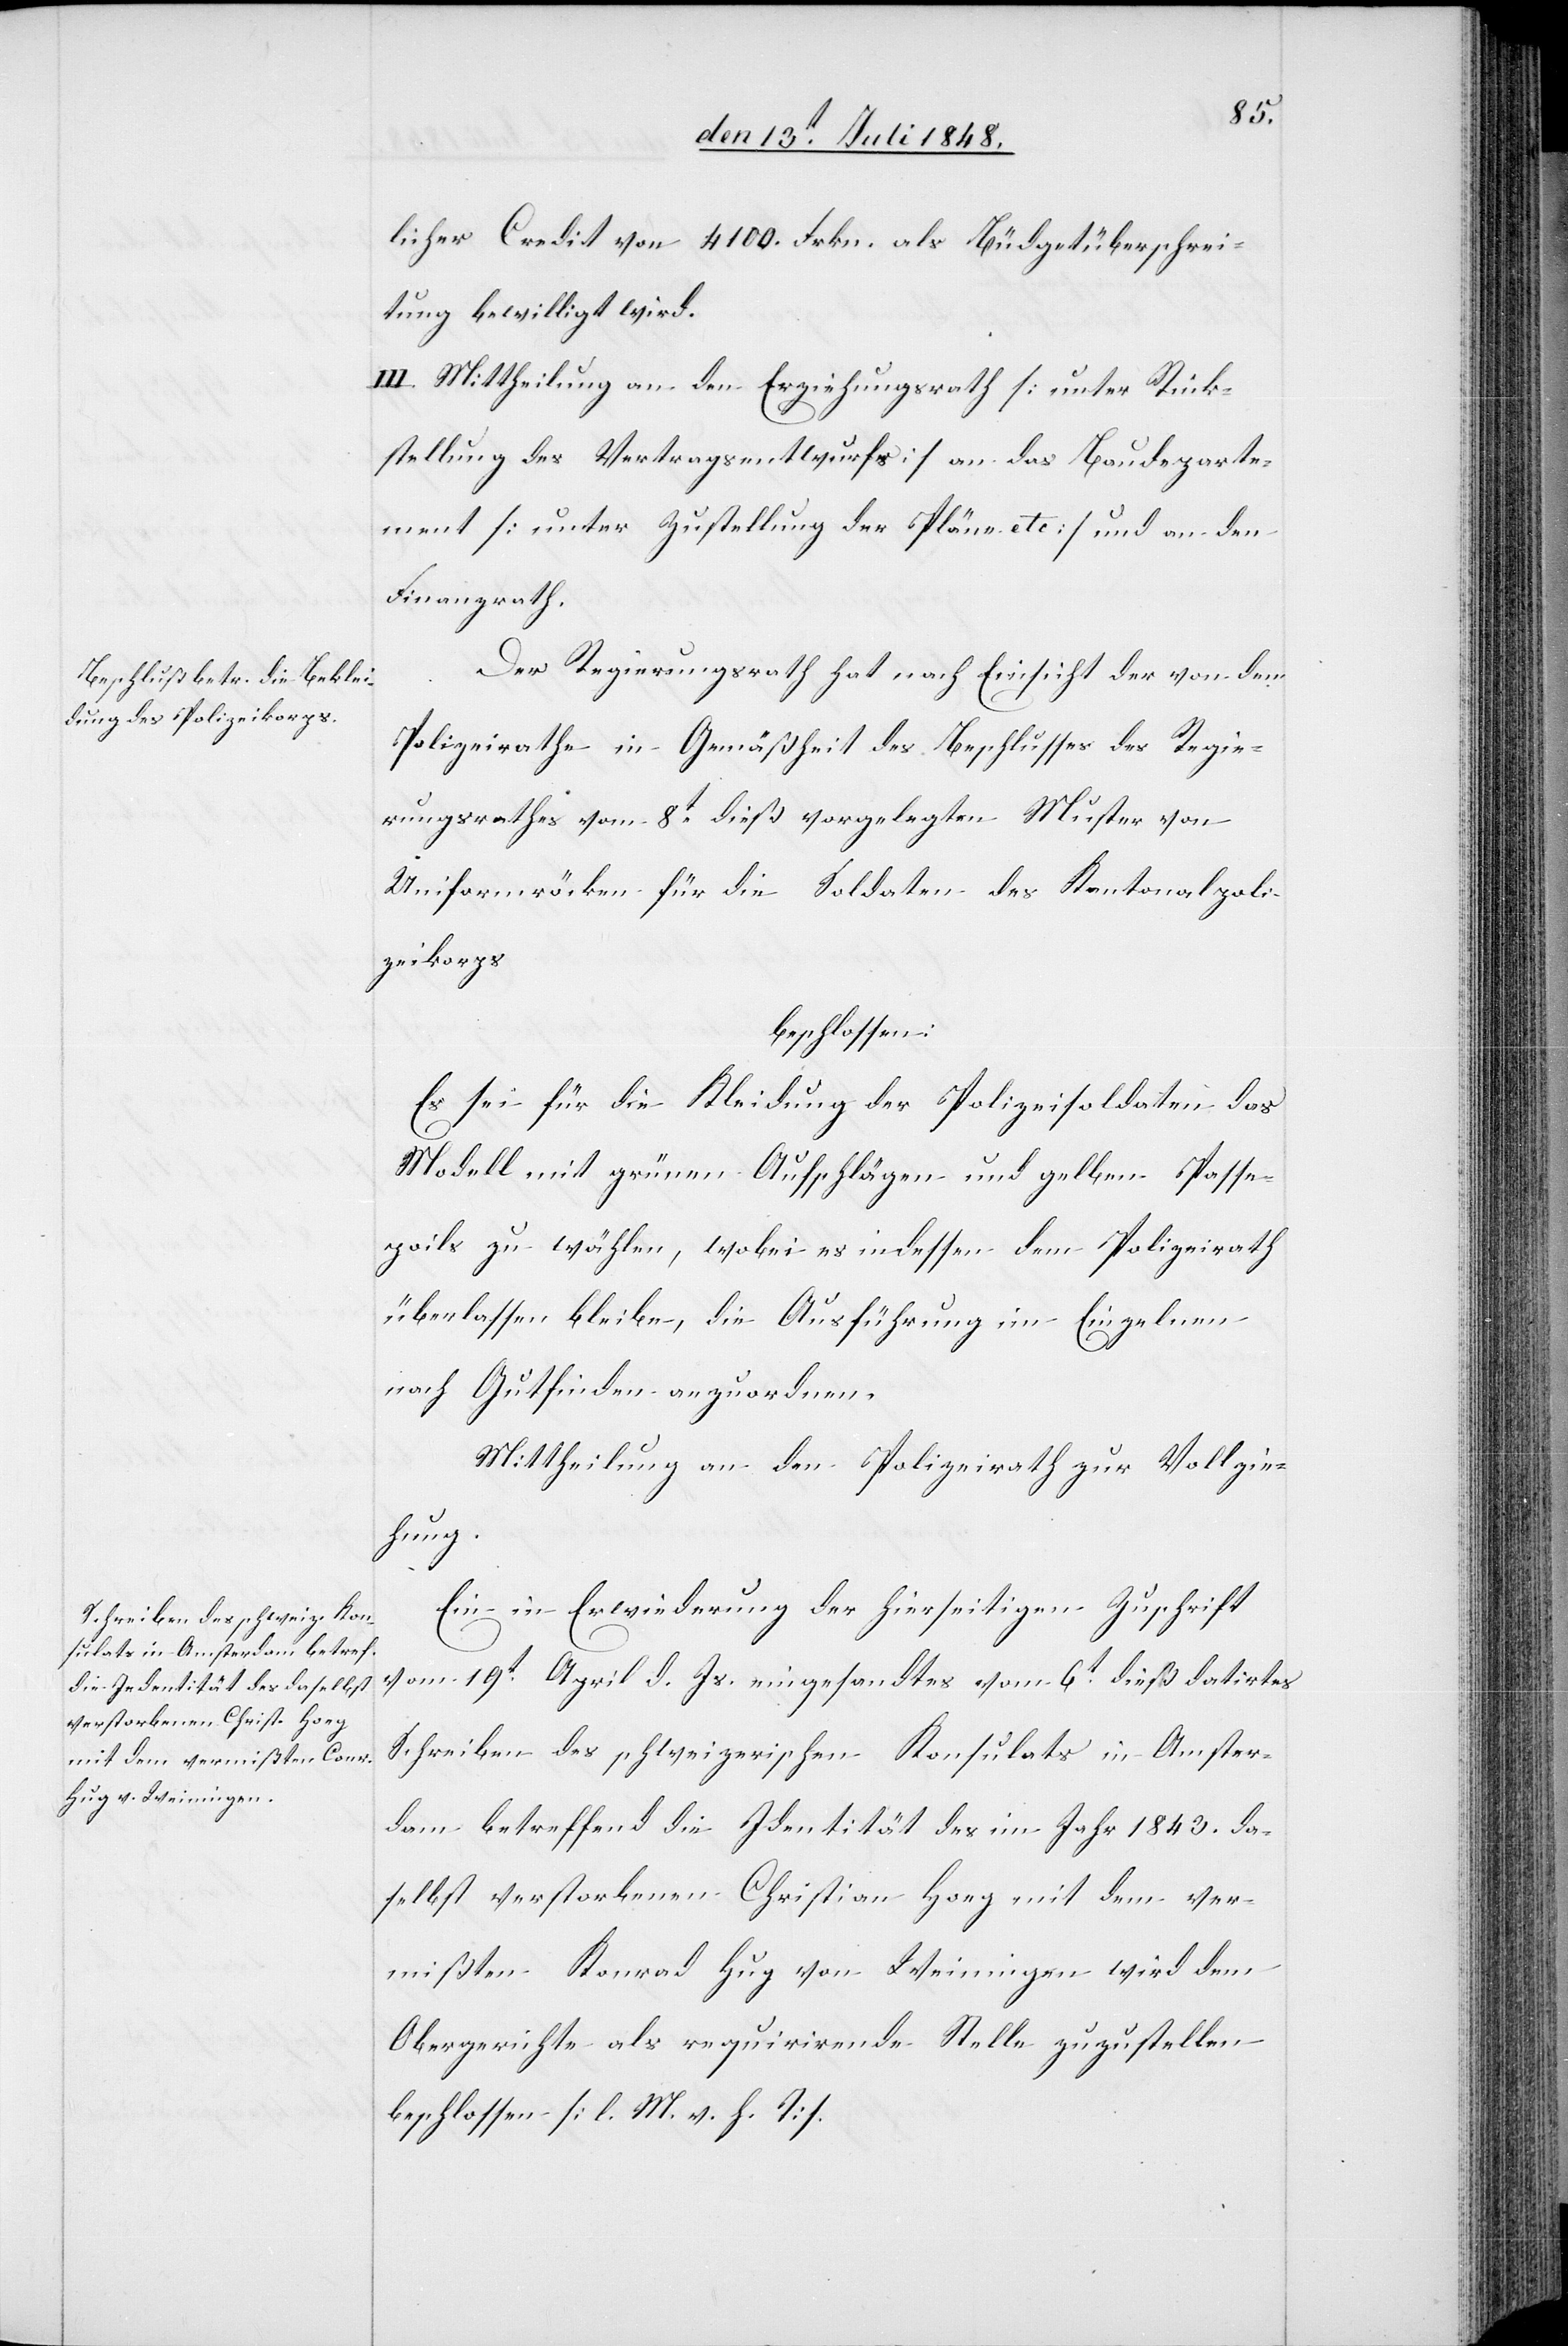
licher Credit von 4100. Frkn. als Büdgetüberschrei¬
tung bewilligt wird.
III. Mittheilung an den Erziehungsrath [unter Rück¬
stellung des Vertragsentwurfs] an das Baudeparte¬
ment [unter Zustellung der Pläne etc] und an den
Finanzrath.
Der Regierungsrath hat nach Einsicht der von dem
Polizeirathe in Gemäßheit des Beschlusses des Regie¬
rungsrathes vom 8t dieß vorgelegten Muster von
Uniformröcken für die Soldaten des Kantonalpoli¬
zeikorps
beschlossen:
Es sei für die Kleidung der Polizeisoldaten das
Modell mit grünen Aufschlägen und gelben Passe¬
poils zu wählen, wobei es indessen dem Polizeirath
überlassen bleibe, die Ausführung im Einzelnen
nach Gutfinden anzuordnen.
Mittheilung an den Polizeirath zur Vollzie¬
hung.
Ein in Erwiederung der hierseitigen Zuschrift
vom 19t April d. Js. eingesandtes vom 6t dieß datirtes
Schreiben des schweizerischen Konsulats in Amster¬
dam betreffend die Identität des im Jahr 1843. da¬
selbst verstorbenen Christian Hoeg mit dem ver¬
mißten Konrad Hug von Weiningen wird dem
Obergerichte als requirirende Stelle zuzustellen
beschlossen. [l. M. v. h. T]